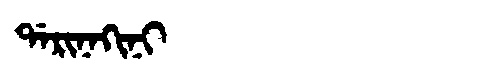
Manchu: ᡩᠠᡵᡳᠨᠠᡴᡳᠨᡳ
Romanization: DARINAKINI